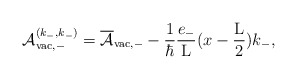
\begin{align*}{\cal A}_{{\rm vac},-}^{(k_{-},k_{-})} =\overline{\cal A}_{{\rm vac},-} - \frac{1}{\hbar}\frac{e_{-}}{\rm L} (x - \frac{\rm L}{2}) k_{-},\end{align*}